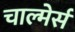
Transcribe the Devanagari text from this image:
चाल्मेर्स